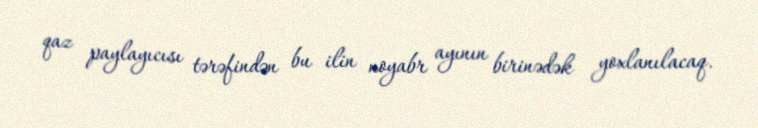
qaz paylayıcısı tərəfindən bu ilin noyabr ayının birinədək yoxlanılacaq.